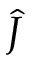
\hat { J }